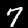
Digit: 7